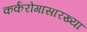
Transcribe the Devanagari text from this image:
कर्करोगासारख्या